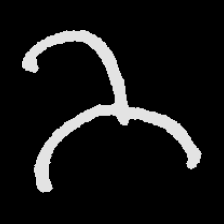
Pyu character \u2014 Myanmar letter: ဘ (romanized: bha)